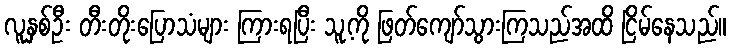
လူနှစ်ဦး တီးတိုးပြောသံများ ကြားရပြီး သူ့ကို ဖြတ်ကျော်သွားကြသည်အထိ ငြိမ်နေသည်။